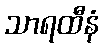
သာရထီနံ